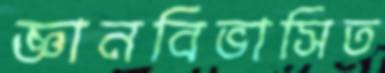
জ্ঞানবিভাসিত